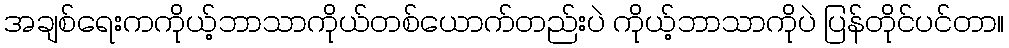
အချစ်ရေးကကိုယ့်ဘာသာကိုယ်တစ်ယောက်တည်းပဲ ကိုယ့်ဘာသာကိုပဲ ပြန်တိုင်ပင်တာ။